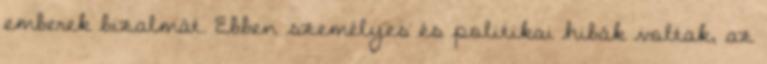
emberek bizalmát. Ebben személyes és politikai hibák voltak, az